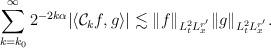
LaTeX: \begin{align*} \sum_{k=k_0}^\infty 2^{-2k\alpha} |\langle \mathcal{C}_k f, g \rangle| \lesssim \|f\|_{L^{2}_tL^{r'}_x}\|g\|_{L^2_tL^{r'}_x}.\end{align*}